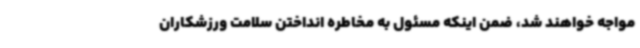
مواجه خواهند شد، ضمن اینکه مسئول به مخاطره انداختن سلامت ورزشکاران